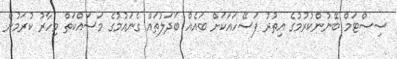
ސިސްޓަމް ބޭނުންކުރުމުގެ އިތުރު ފަސޭހައަކަށް ބައެއް ބަދަލުތައް ގެނައުމުގެ މަސައްކަތް މިހާރު ކުރަމުން